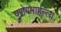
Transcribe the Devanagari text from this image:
पुरोगमार्हन्त्य